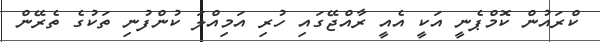
ކްރައުން ކޮމްޕެނީ އަކީ އެއީ ރާއްޖޭގައި ހުރި އަމިއްލަ ކުންފުނި ތަކުގެ ތެރޭން